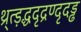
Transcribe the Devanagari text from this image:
थ्र्त्ड़द्धदृद्रण्दृदड्ढ